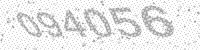
Solution: 094056